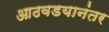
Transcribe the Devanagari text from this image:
आठवडयानंतर